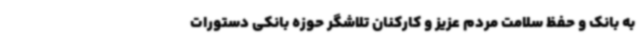
به بانک و حفظ سلامت مردم عزیز و کارکنان تلاشگر حوزه بانکی دستورات